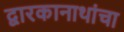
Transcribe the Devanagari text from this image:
द्वारकानाथांचा